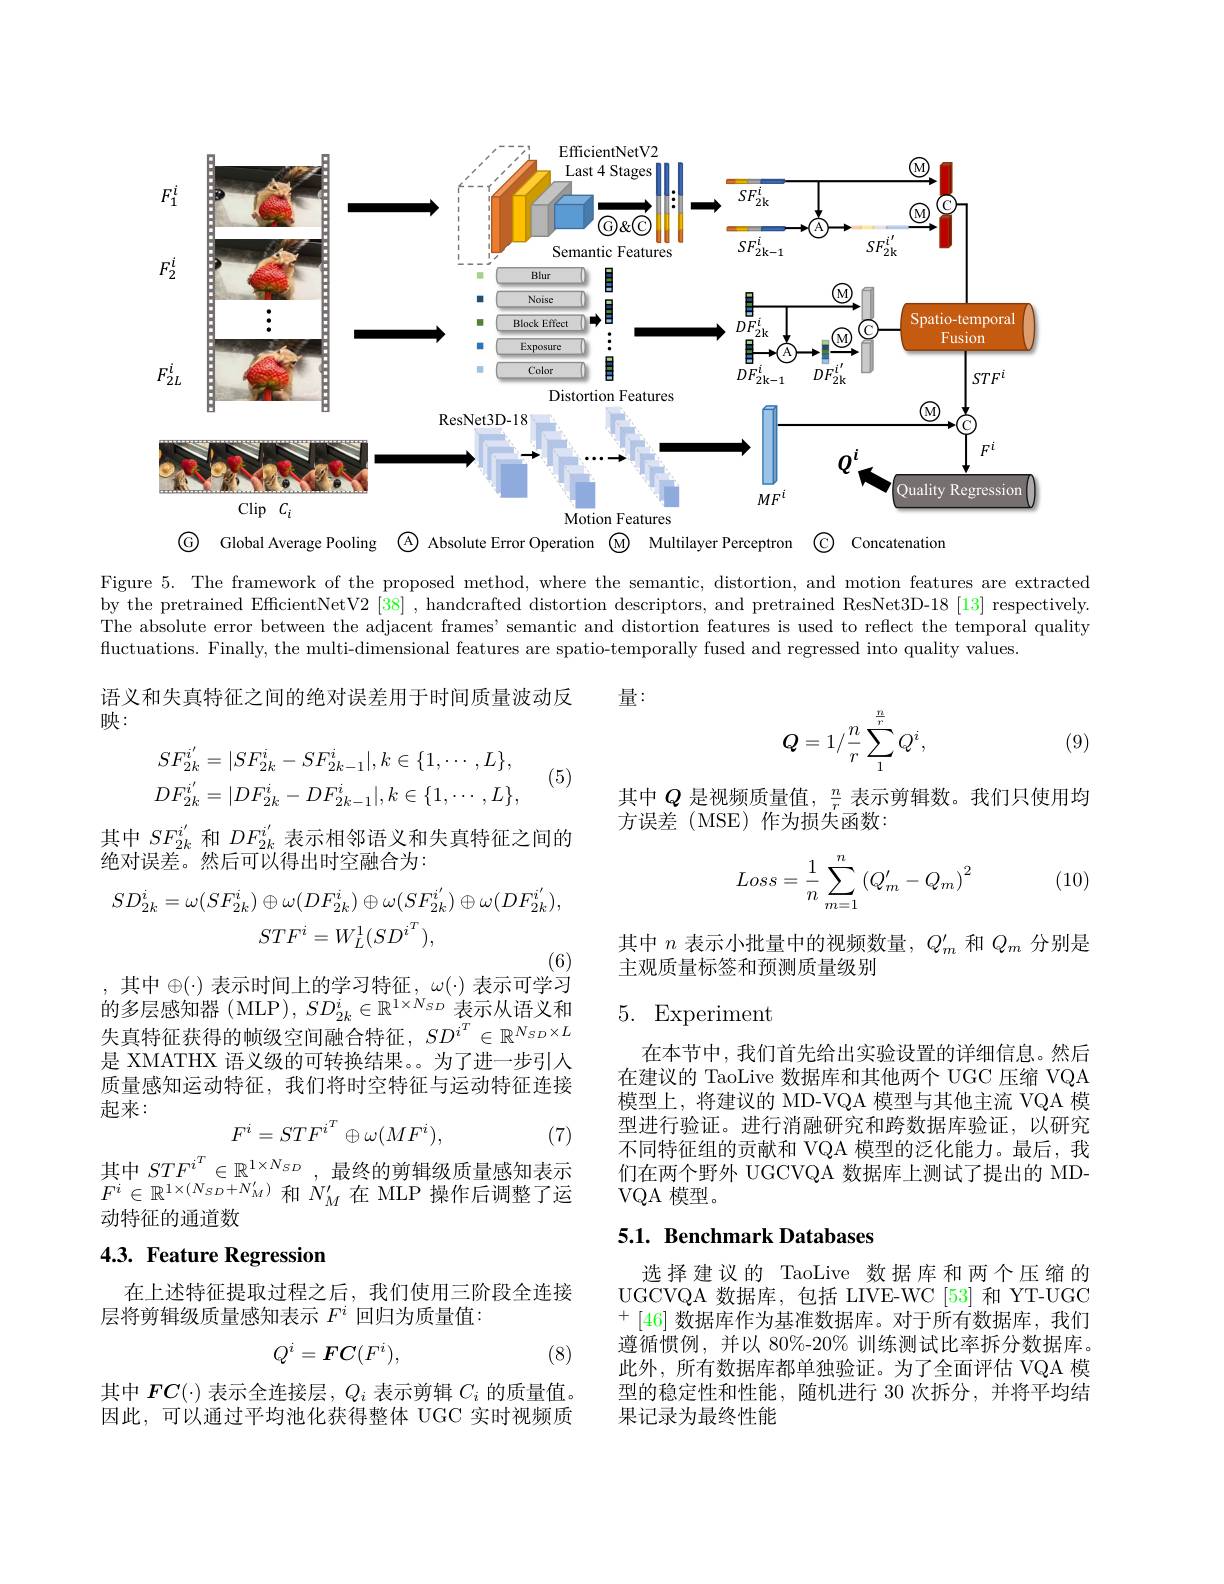
<FigureHere>

G Global Average Pooling $\textcircled{\mathrm{A}}$ Absolute Error Operation $\textcircled{\mathrm{M}}$ Multilayer Perceptron C Concatenation

Figure 5. The framework of the proposed method, where the semantic, distortion, and motion features are extracted by the pretrained EffcientNetV2 [38] , handcrafted distortion descriptors, and pretrained ResNet3D-18 [13] respectively. The absolute error between the adjacent frames’ semantic and distortion features is used to reflect the temporal quality fluctuations. Finally, the multi-dimensional features are spatio-temporally fused and regressed into quality values

语义和失真特征之间的绝对误差用于时间质量波动反

量：

映：
$$Q=1/\frac{n}{r}\sum_{1}^{\frac{n}{r}}Q^{i},$$
(9)

(5)
$$SF_{2k}^{i'}=|SF_{2k}^{i}-SF_{2k-1}^{i}|,k\in\{1,\cdots,L\},\\DF_{2k}^{i'}=|DF_{2k}^{i}-DF_{2k-1}^{i}|,k\in\{1,\cdots,L\},$$
其中$Q$是视频质量值，$\frac nr$表示剪辑数。我们只使用均
方误差(MSE)作为损失函数：

其中$SF_{2k}^{i^{\prime}}$和$DF_{2k}^{i^{\prime}}$表示相邻语义和失真特征之间的
绝对误差。然后可以得出时空融合为：

(10)
$$\begin{aligned}Loss=\frac{1}{n}\sum_{m=1}^{n}\left(Q_m'-Q_m\right)^2\end{aligned}$$
$$SD_{2k}^{i}=\omega(SF_{2k}^{i})\oplus\omega(DF_{2k}^{i})\oplus\omega(SF_{2k}^{i^{\prime}})\oplus\omega(DF_{2k}^{i^{\prime}}),\\STF^{i}=W_{L}^{1}(SD^{i^{T}}),$$
其中$n$表示小批量中的视频数量，$Q_m^\prime$和$Q_m$分别是
主观质量标签和预测质量级别

,其中$\oplus(\cdot)$表示时间上的学习特征$,\omega(\cdot)$表示可学习

### 5. Experiment

的多层感知器 ( MLP ), $SD_{2k}^{i}\in\mathbb{R}^{1\times N_{SD}}$表示从语义和失真特征获得的帧级空间融合特征，$SD^{i^T}\in\mathbb{R}^{N_{SD}\times L}$ 是 XMATHX 语义级的可转换结果。为了进一步引入质量感知运动特征，我们将时空特征与运动特征连接起来：
$$F^i=STF^{i^T}\oplus\omega(MF^i),$$
在本节中，我们首先给出实验设置的详细信息。然后在建议的 TaoLive 数据库和其他两个 UGC 压缩 VQA 模型上，将建议的 MD-VQA 模型与其他主流 VQA 模型进行验证。进行消融研究和跨数据库验证，以研究不同特征组的贡献和 VQA 模型的泛化能力。最后，我们在两个野外 UGCVQA 数据库上测试了提出的 MDVQA 模型。

(7)
其中$STF^{i^T}\in\mathbb{R}^{1\times N_{SD}}$,最终的剪辑级质量感知表示

$\begin{array}{ll}{{\overbrace{F^{i}\in\mathbb{R}^{1\times(N_{SD}+N_{M}^{\prime})}}}}&{{,}}&{{\mathrm{~ax}\text{公时分件放贝里心知权}}}\\{{\text{ 和 }N_{M}^{\prime}\text{ 在 MLP 操作后调整了运}}}\end{array}$
动特征的通道数

## 5.1. Benchmark Databases

# 4.3. Feature Regression

在上述特征提取过程之后，我们使用三阶段全连接
层将剪辑级质量感知表示$F^i$回归为质量值：

选择建议的 TaoLive 数据库和两个压缩的UGCVQA 数据库，包括 LIVE-WC [53]和 YT-UGC +[46]数据库作为基准数据库。对于所有数据库，我们遵循惯例，并以 80%-20% 训练测试比率拆分数据库。此外，所有数据库都单独验证。为了全面评估 VQA 模型的稳定性和性能，随机进行 30 次拆分，并将平均结果记录为最终性能
$$Q^i=FC(F^i),$$
(8)

其中$FC(\cdot)$表示全连接层，$Q_i$表示剪辑$C_i$的质量值。因此，可以通过平均池化获得整体 UGC 实时视频质